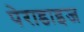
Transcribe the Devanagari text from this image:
पेराडाइज